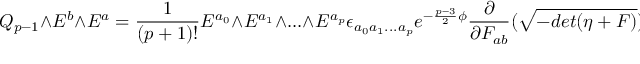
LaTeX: Q _ { p - 1 } \wedge E ^ { b } \wedge E ^ { a } = { \frac { 1 } { ( p + 1 ) ! } } E ^ { a _ { 0 } } \wedge E ^ { a _ { 1 } } \wedge . . . \wedge E ^ { a _ { p } } \epsilon _ { a _ { 0 } a _ { 1 } . . . a _ { p } } e ^ { - { \frac { p - 3 } { 2 } } \phi } { \frac { \partial } { \partial F _ { a b } } } ( \sqrt { - d e t ( \eta + F ) } )